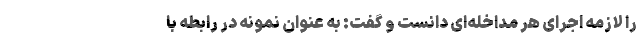
را لازمه اجرای هر مداخله‌ای دانست و گفت: به عنوان نمونه در رابطه با